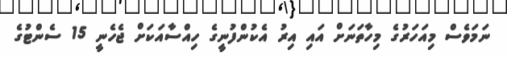
ނަމަވެސް މިއަހަރުގެ މިހާތަނަށް އައި އިރު އެކުންފުނީގެ ހިއްސާއަކަށް ޖެހެނީ 15 ސެންޓުގެ